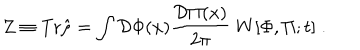
Z \equiv \mathrm { T r } \hat { \rho } = \int { \cal D } \Phi ( x ) { \frac { { \cal D } \Pi ( x ) } { 2 \pi } } \; W [ \Phi , \Pi ; t ] \; .